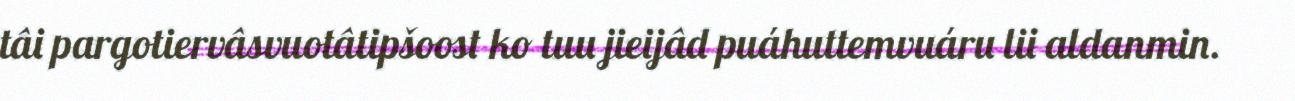
tâi pargotiervâsvuotâtipšoost ko tuu jieijâd puáhuttemvuáru lii aldanmin.